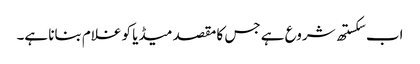
اب سکستھ شروع ہے جس کا مقصد میڈیا کو غلام بنانا ہے۔